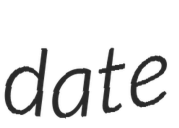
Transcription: date